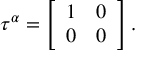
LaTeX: \tau ^ { \alpha } = \left[ \begin{array} { c c } { { 1 } } & { { 0 } } \\ { { 0 } } & { { 0 } } \end{array} \right] .